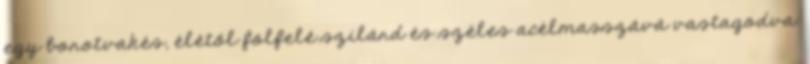
egy borotvakés, élétől fölfelé szilárd és széles acélmasszává vastagodva.